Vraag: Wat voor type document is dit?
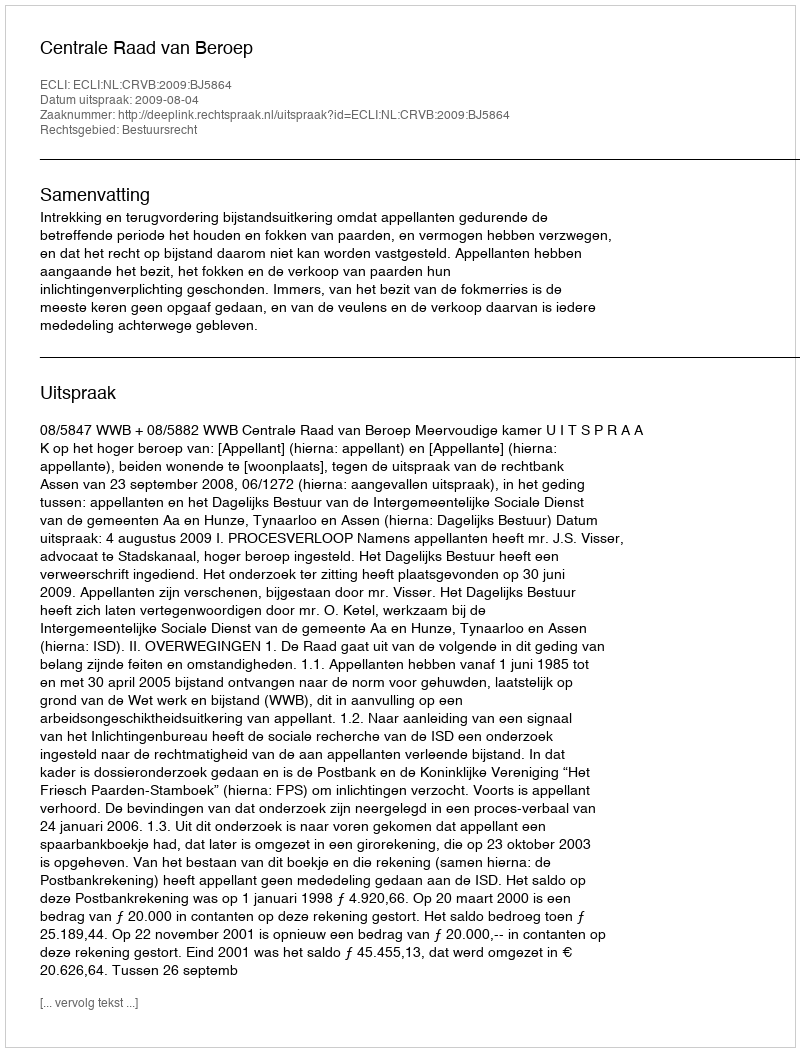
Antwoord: Uitspraak